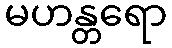
မဟန္တရော